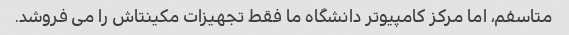
متاسفم، اما مرکز کامپیوتر دانشگاه ما فقط تجهیزات مکینتاش را می فروشد.